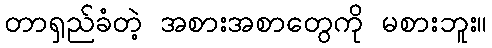
တာရှည်ခံတဲ့ အစားအစာတွေကို မစားဘူး။